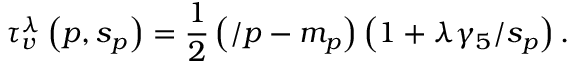
\tau _ { v } ^ { \lambda } \left( p , s _ { p } \right) = \frac 1 { 2 } \left( \slash { p } - m _ { p } \right) \left( 1 + \lambda \gamma _ { 5 } \slash { s } _ { p } \right) .